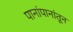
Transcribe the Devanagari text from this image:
पानांपानांतून